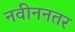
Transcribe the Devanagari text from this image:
नवीननतर